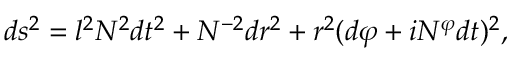
d s ^ { 2 } = l ^ { 2 } N ^ { 2 } d t ^ { 2 } + N ^ { - 2 } d r ^ { 2 } + r ^ { 2 } ( d \varphi + i N ^ { \varphi } d t ) ^ { 2 } ,